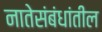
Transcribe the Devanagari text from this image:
नातेसंबंधांतील